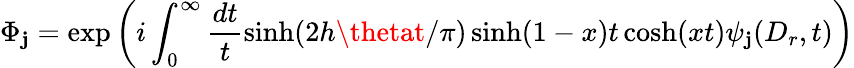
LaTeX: \Phi_{\mathbf{j}}=\exp\left(i\int_{0}^{\infty}\frac{{dt}}{{t}}\sinh(2h\thetat/\pi)\sinh(1-x)t\cosh(xt)\psi_{\mathbf{j}}(D_{r},t)\right)